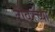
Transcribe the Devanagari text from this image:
टाॅवरच्या